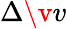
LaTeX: \Delta\v{v}